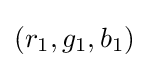
(r_{1},g_{1},b_{1})